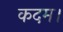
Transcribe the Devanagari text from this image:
कदम।